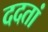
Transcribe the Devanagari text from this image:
ददतां